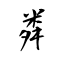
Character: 粦